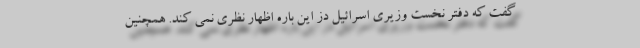
گفت که دفتر نخست وزیری اسرائیل دز این باره اظهار نظری نمی کند. همچنین